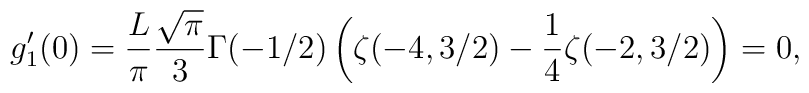
g_1'(0)=\frac{L}{\pi}\frac{\sqrt{\pi}}{3}\Gamma(-1/2)\left(\zeta(-4,3/2)-\frac{1}{4}\zeta(-2,3/2)\right)=0,